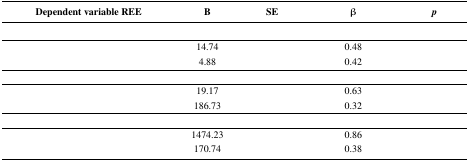
<table><thead><tr><td><b>Dependent variable REE</b></td><td><b>B</b></td><td><b>SE</b></td><td><b>β</b></td><td><b><i>p</i></b></td></tr></thead><tbody><tr><td>[EMPTY_CELL]</td><td colspan="4">[EMPTY_CELL]</td></tr><tr><td>[EMPTY_CELL]</td><td>14.74</td><td>[EMPTY_CELL]</td><td>0.48</td><td>[EMPTY_CELL]</td></tr><tr><td>[EMPTY_CELL]</td><td>4.88</td><td>[EMPTY_CELL]</td><td>0.42</td><td>[EMPTY_CELL]</td></tr><tr><td>[EMPTY_CELL]</td><td colspan="4">[EMPTY_CELL]</td></tr><tr><td>[EMPTY_CELL]</td><td>19.17</td><td>[EMPTY_CELL]</td><td>0.63</td><td>[EMPTY_CELL]</td></tr><tr><td>[EMPTY_CELL]</td><td>186.73</td><td>[EMPTY_CELL]</td><td>0.32</td><td>[EMPTY_CELL]</td></tr><tr><td>[EMPTY_CELL]</td><td colspan="4">[EMPTY_CELL]</td></tr><tr><td>[EMPTY_CELL]</td><td>1474.23</td><td>[EMPTY_CELL]</td><td>0.86</td><td>[EMPTY_CELL]</td></tr><tr><td>[EMPTY_CELL]</td><td>170.74</td><td>[EMPTY_CELL]</td><td>0.38</td><td>[EMPTY_CELL]</td></tr></tbody></table>